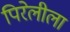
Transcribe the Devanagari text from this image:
पिरेलीला